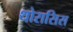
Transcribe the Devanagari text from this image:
थोरासिस